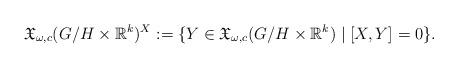
LaTeX: \begin{align*} {\mathfrak X}_{\omega,c}(G/H\times {\mathbb R}^{k})^{X} := \{Y\in{\mathfrak X}_{\omega,c}(G/H\times {\mathbb R}^{k})\mid[X,Y]=0\}.\end{align*}